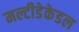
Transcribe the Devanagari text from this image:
मल्टीडेकेडल